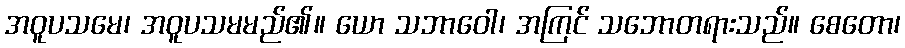
အဝူပသမေ၊ အဝူပသမမည်၏။ ယော သဘာဝေါ၊ အကြင် သဘောတရားသည်။ စေတော၊